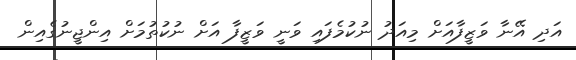
އަދި އޭނާ ވަޒީފާއަށް މިއަދު ނުކުމެފައި ވަނީ ވަޒީފާ އަށް ނުކުތުމަށް އިންޖީނުގެއިން